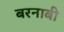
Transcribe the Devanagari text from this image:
बरनाबी